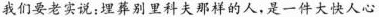
我们要老实说：埋葬别里科夫那样的人，是一件大快人心